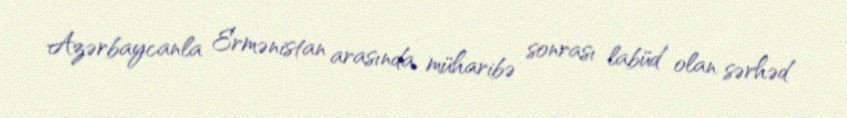
Azərbaycanla Ermənistan arasında müharibə sonrası labüd olan sərhəd